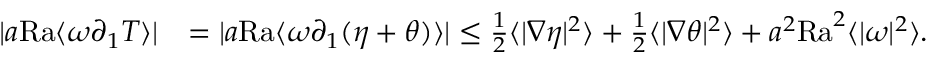
\begin{array} { r l } { | a \mathrm { { R a } } \langle \omega \partial _ { 1 } T \rangle | } & { = | a { \mathrm { R a } } \langle \omega \partial _ { 1 } ( \eta + \theta ) \rangle | \leq \frac { 1 } { 2 } \langle | \nabla \eta | ^ { 2 } \rangle + \frac { 1 } { 2 } \langle | \nabla \theta | ^ { 2 } \rangle + a ^ { 2 } \mathrm { { R a } } ^ { 2 } \langle | \omega | ^ { 2 } \rangle . } \end{array}